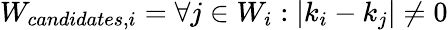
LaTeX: W_{candidates,i}={\forall j\in W_{i}:|k_{i}-k_{j}|\neq 0}